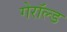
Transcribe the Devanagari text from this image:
गेरॉल्ड